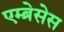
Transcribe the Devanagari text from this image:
एम्ब्रेसेस